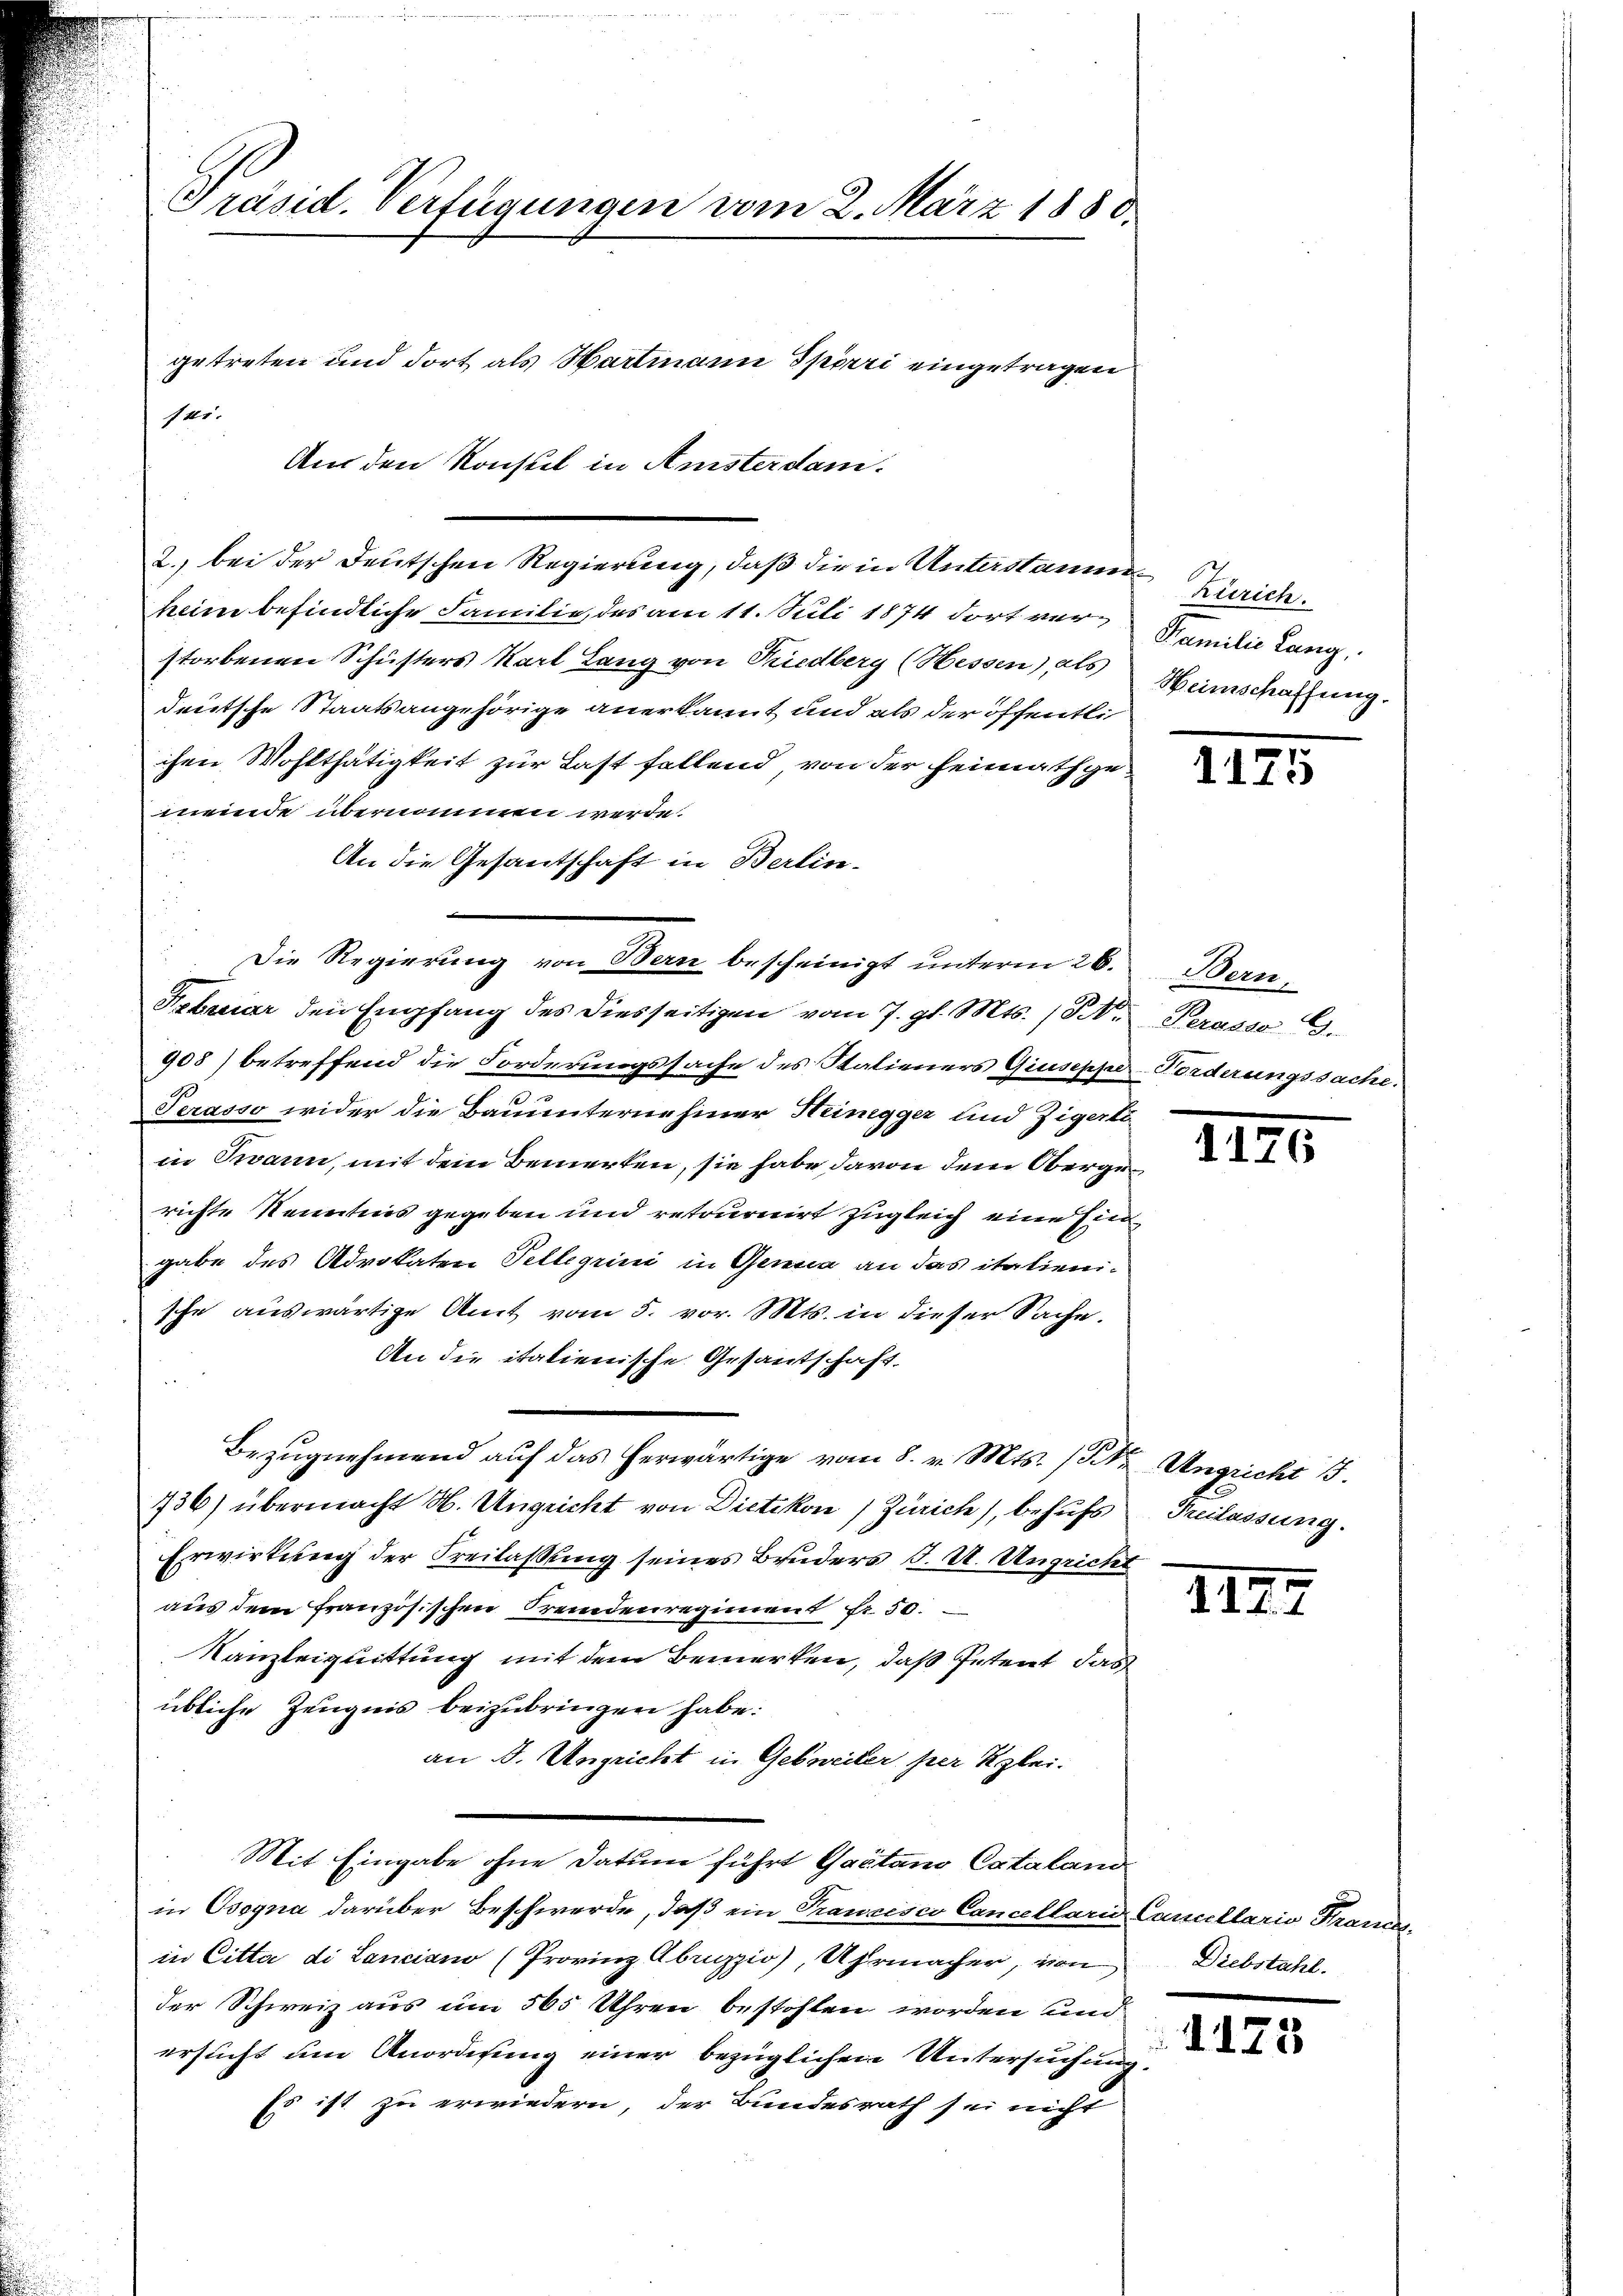
Präsid. Verfügungen vom 2. März 1880.
getreten und dort als Hartmann Spörri eingetragen
fer.
Am den Konstel in Amsterdan¬

2.) bei der Deutschen Regierung, daß die in Unterstammen Zürich
heine befindliche Familie, des am 11. Juli 1874 dort verstorbenen Schusters Karl Lang von Riedberg (Hessen), als
deütsche Staatsangehörige anerkannt und als der öffentlic
chen Wohlthätigkeit zur Last fallend, von der Heimathgemeinde übernommen werde.
An die Gesantschaft in Berlin-
Die Regierung von Bern bescheinigt unterm 26. Bern,
Februar den Empfang des diesseitigen vom 7. gl. Mts. (T. Perasso.
908) betreffend die Forderungssache des Statieners Giuseppo-Forderungssache.
Serasso wider die Bauunterne hiner Heinigger und Zigerte
in Twann, mit dem Bemerken, sie habe davon dem Obergerichte Kenntnis gegeben und retournirt zugleich eine Ein
gabe des Advokaten Tellerini in Genua an das italienische auswärtige Amt vom 5. vor. Mts. in dieser Sache.
An die italienische Gesantschaft.
Bezugnehmend auf das herwärtige vom 8. v. Mts. (die Angricht
736) übermacht N. Ungricht von Dietikon) Zürich), behufs Freilassung.
Erwirkung der Freilaßung seines Bruders J. U. Ungricht
aus dem französischen Fremdenregiment fr. 50.
Kanzleiquittung mit dem Bemerken, daß Petent das
übliche Zeugnis beizubringen habe:
an J. Ungricht in Gebreiter per Klei¬
Mit Eingabe ohne Datum führt Gaetan Cataland
in Osogna darüber Beschwerde, daß ein Trancisco Cancellarii Cancellario Franden
in Citta di Lanciano (Provinz Abruzzio), Uhrmacher, von Diebstahl.
der Schweiz aus um 565 Uhren bestohlen worden und
ersucht um Anordnung einer bezüglichen Untersuchung
Es ist zu erwiedern, der Bundesrath sei nicht
1

Namilie Lang
Heimschaffung.

1175

1140

1129

.125